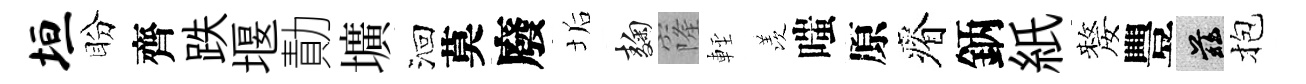
垣盼齊跌堰勣壙洄莫廢垢麹窿䡖羡嗤原瘠鈵紙嫠豐兹抱